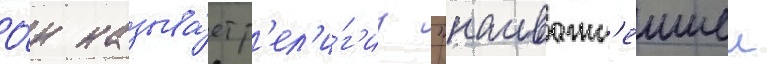
О́н называ́ет р'ел'и́г'иу "наиважн'еишеи